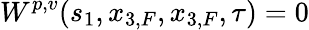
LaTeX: W^{p,v}(s_{1},x_{3,F},x_{3,F},\tau)=0